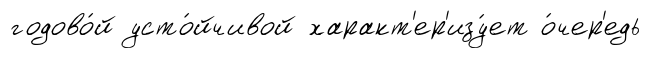
годово́й усто́йчивой характ'ер'изу́ет о́чер'едь